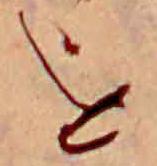
を